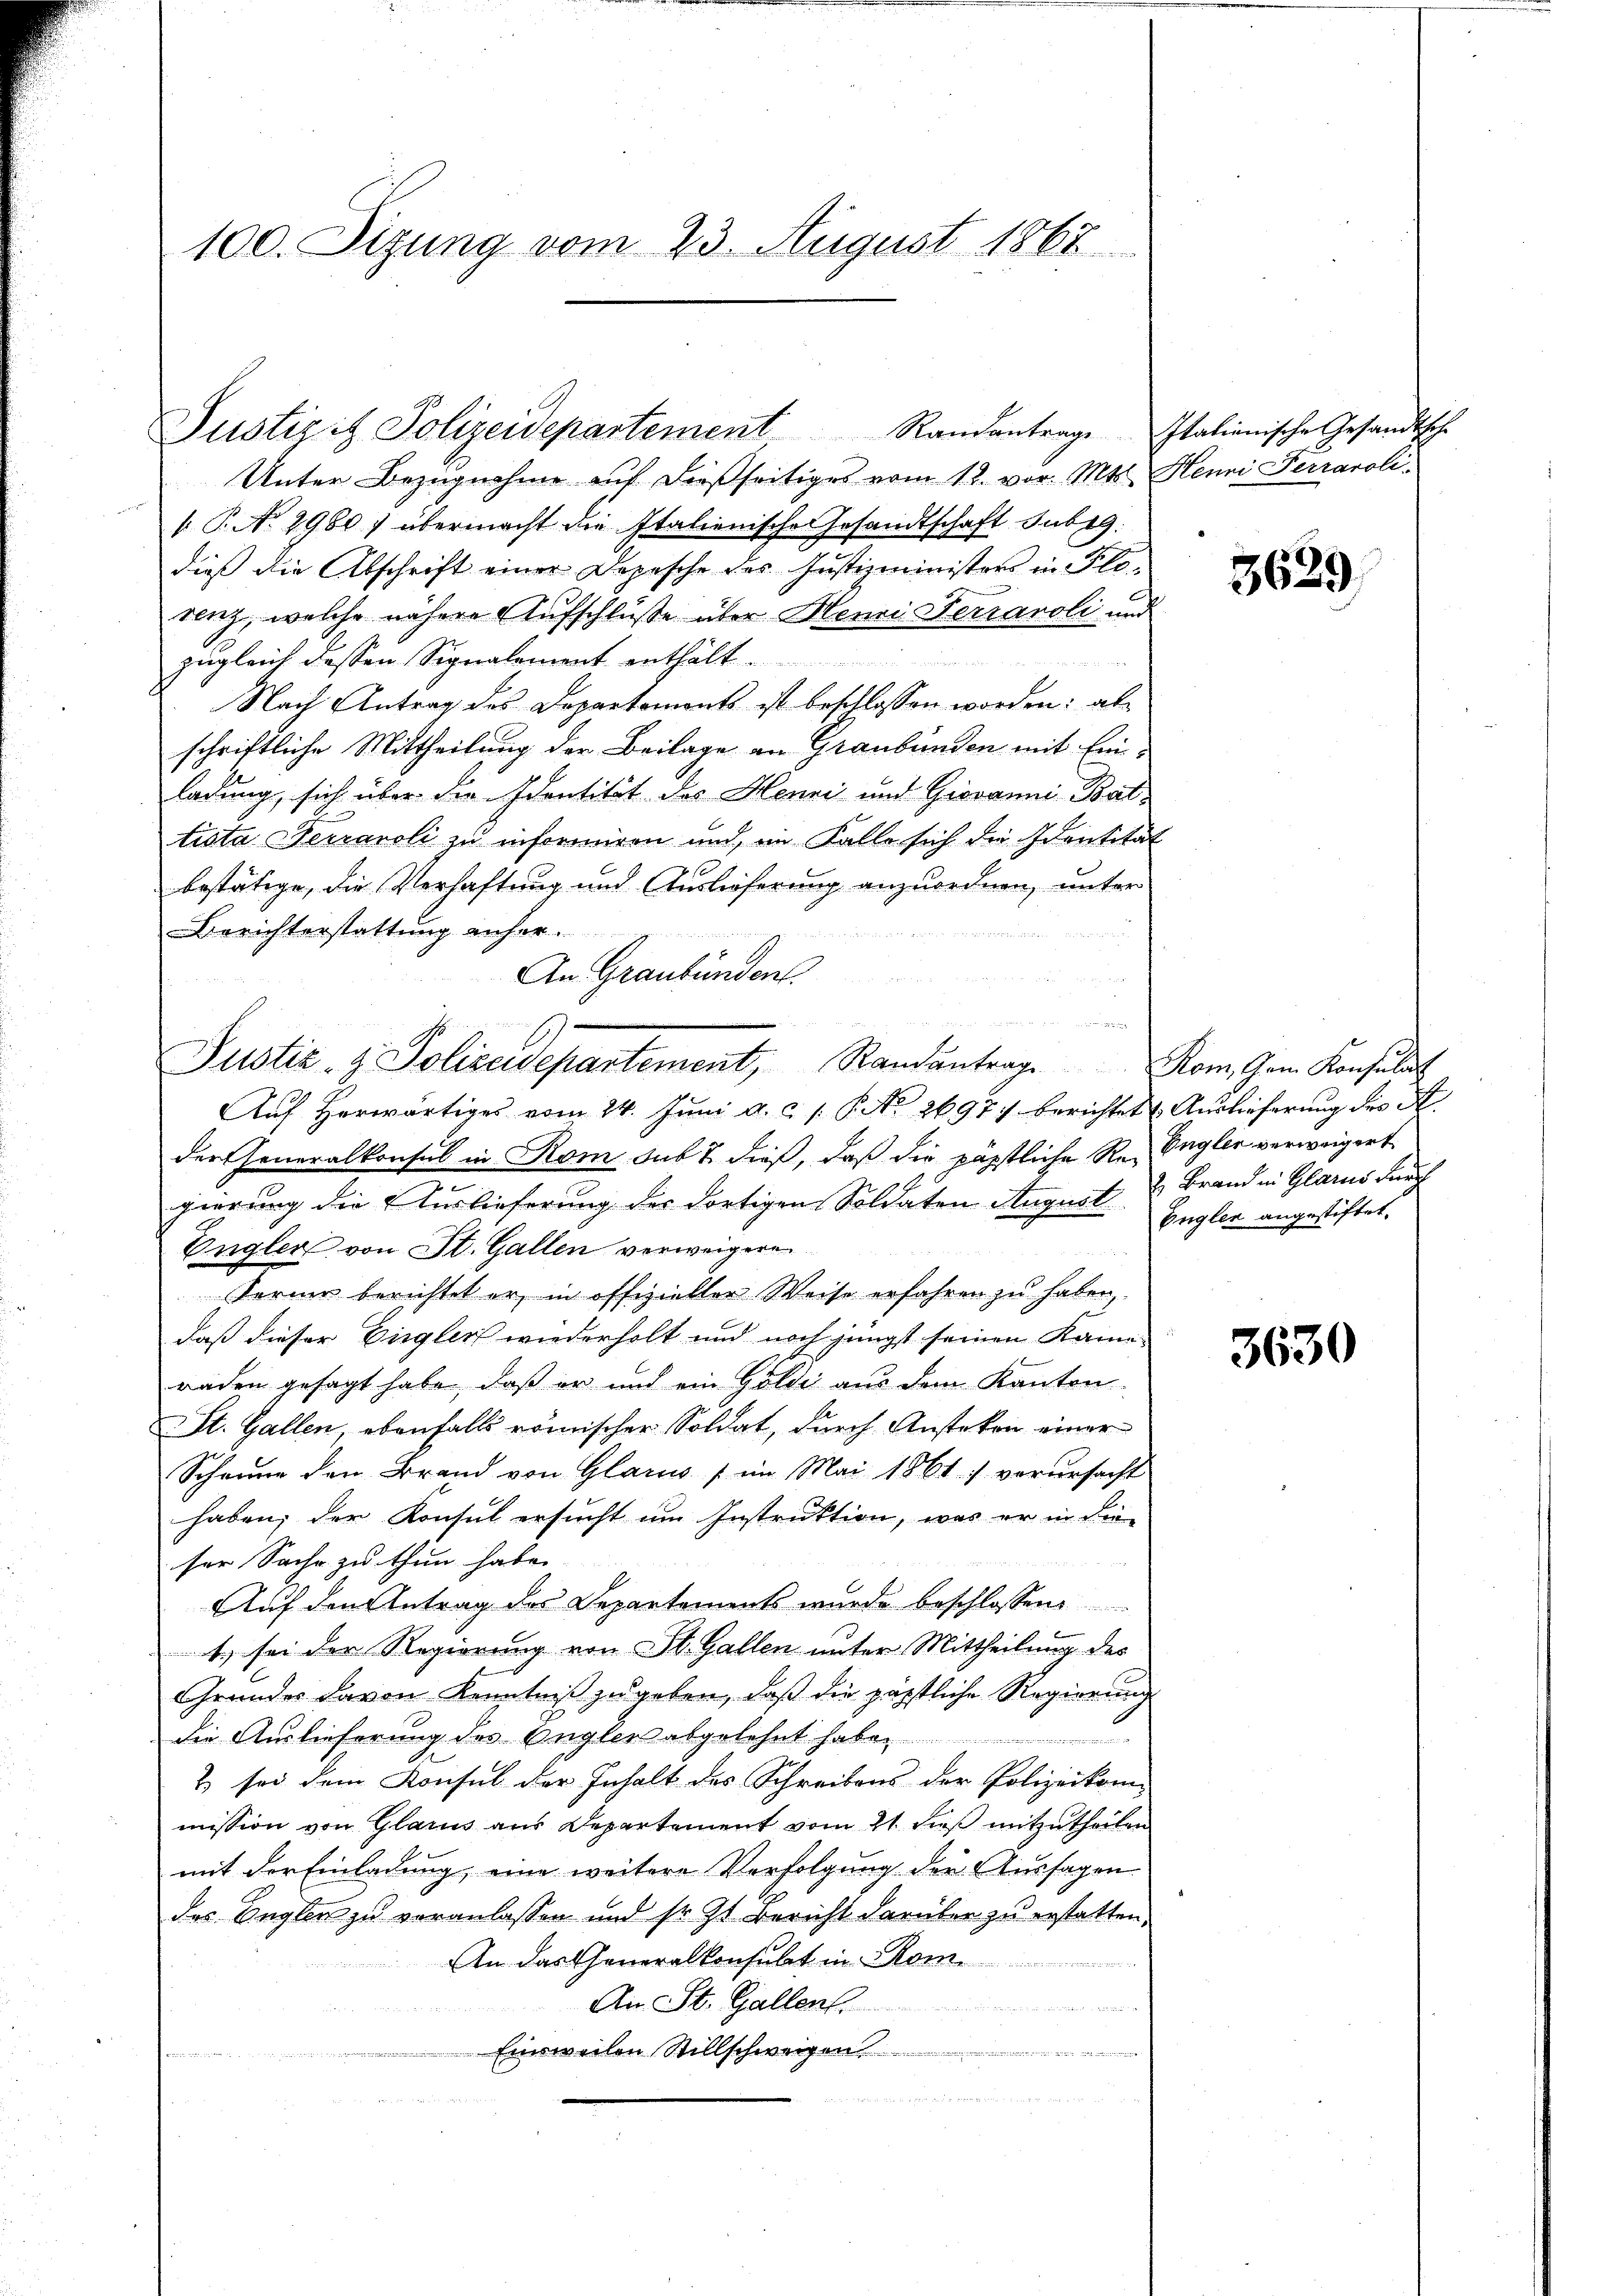
100. Sizung vom 23. August 1867

Unter Bezugnahme auf dießseitiges vom 12. vor. Mts. Henri Ferraroli-
 P. No 2960) übermacht die Italienische Gesandtschaft subig
dieß die Abschrift einer Depesche des Justizministers in Florenz, welche nähere Aufschlüße über Henri Ferranoli und
zugleich dessen Signalement enthalt
Nach Antrag des Departements ist beschlossen worden: als
schriftliche Mittheilung der Beilage an Graubünden mit Einladung, sich über die Identität des Henri und Giovanni Baltista Neeraroli zu informiren und, im Falle sich die Identität
bestätige, die Verhaftung und Auslieferung anzuordnen, unter
Berichterstattung anher.
An Graubünden.
u

Justizit Polizeidepartement. Randantrage Italienische Gesandtsche

Justiz- & Polizeidepartement, Randantrag. Rom. Gam Konsuls

Aŭf herwärtiges vom 24. Juni a. c. s. S. No 2697) berichtet u Aŭslieferŭng des A
der Generalkonsul in Rom sub 7 dieß, daß die päpstliche Re-Engler verweigert
.
gierung die Auslieferung der dortigen Soldaten August & Brand in Glarus durch
Engler von St. Gallen verweigere

Sterne berichtet er, in offizieller Weise erfahren zu haben,
daß dieser Eingler wiederholt und noch jüngst seinen Kame-
raden gesagt habe, daß er und ein Golde aus dem Kanton
St. Gallen, ebenfalls römischer Soldat, durch Anstoken einer
Scheune den Brand von Glarus (im Mai 1861. s. verŭrsacht
haben, der Konsul ersucht um Instruktion, was er in die
ser Sache zu thun habe.
Auf den Antrag des Departements wurde beschlossen
1.) sei der Regierung von St. Gallen unter Mittheilung des
Grundes davon Kenntniß zu geben, daß die päpstliche Regierung
die Auslieferung des Engler abgelehnt habe,
2
& sei dem Konsul der Inhalt des Schreibens der Polizeikor
mission von Glarus aus Departement vom 21. dieß mitzutheilen
mit der Einladung, eine weitere Verfolgung der Aussagen
das Begler zu veranlassen und sr. Zt. Bericht darüber zu erstatten,
An das Generalkonsubet in Rom
An St. Gallen.

Einsweilen Stillschweigen

 ementen

3629

Engler angestiftet.

3630